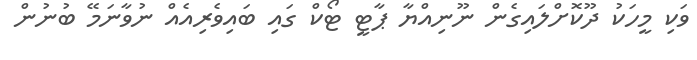
ވަކި މީހަކު ދޫކޮށްލައިގެން ނޫނިއްޔާ ޕާޓީ ޓޯކް ގައި ބައިވެރިއެއް ނުވާނަމޭ ބުނުން